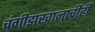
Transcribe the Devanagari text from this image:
चंगीझखानाचीही